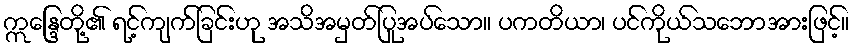
ဣန္ဒြေတို့၏ ရင့်ကျက်ခြင်းဟု အသိအမှတ်ပြုအပ်သော။ ပကတိယာ၊ ပင်ကိုယ်သဘောအားဖြင့်။